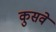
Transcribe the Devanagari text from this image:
कुसवे